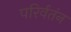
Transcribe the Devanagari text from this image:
परिर्वतंन